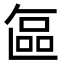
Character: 𭉘